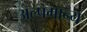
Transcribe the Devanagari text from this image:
अल्पमान्य